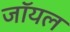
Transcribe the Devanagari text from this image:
जाॅयल